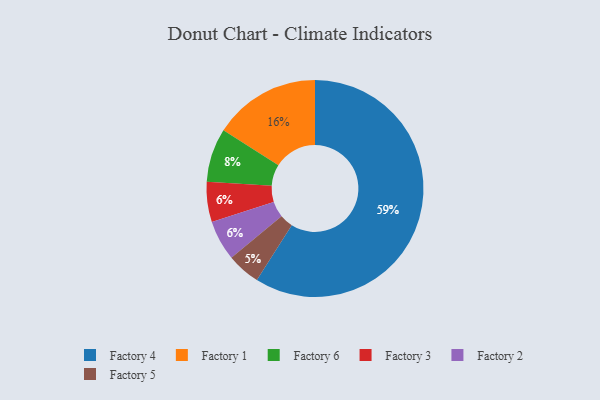
{"axis": {"x": "Category", "y": "Percentage"}, "legend": ["Factory 1", "Factory 2", "Factory 3", "Factory 4", "Factory 5", "Factory 6"], "data": [{"x": "Factory 4", "y": 59, "type": "Factory 4"}, {"x": "Factory 6", "y": 8, "type": "Factory 6"}, {"x": "Factory 3", "y": 6, "type": "Factory 3"}, {"x": "Factory 2", "y": 6, "type": "Factory 2"}, {"x": "Factory 5", "y": 5, "type": "Factory 5"}, {"x": "Factory 1", "y": 16, "type": "Factory 1"}]}